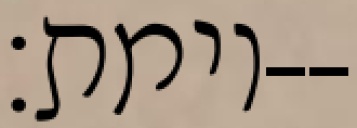
וימת׃--